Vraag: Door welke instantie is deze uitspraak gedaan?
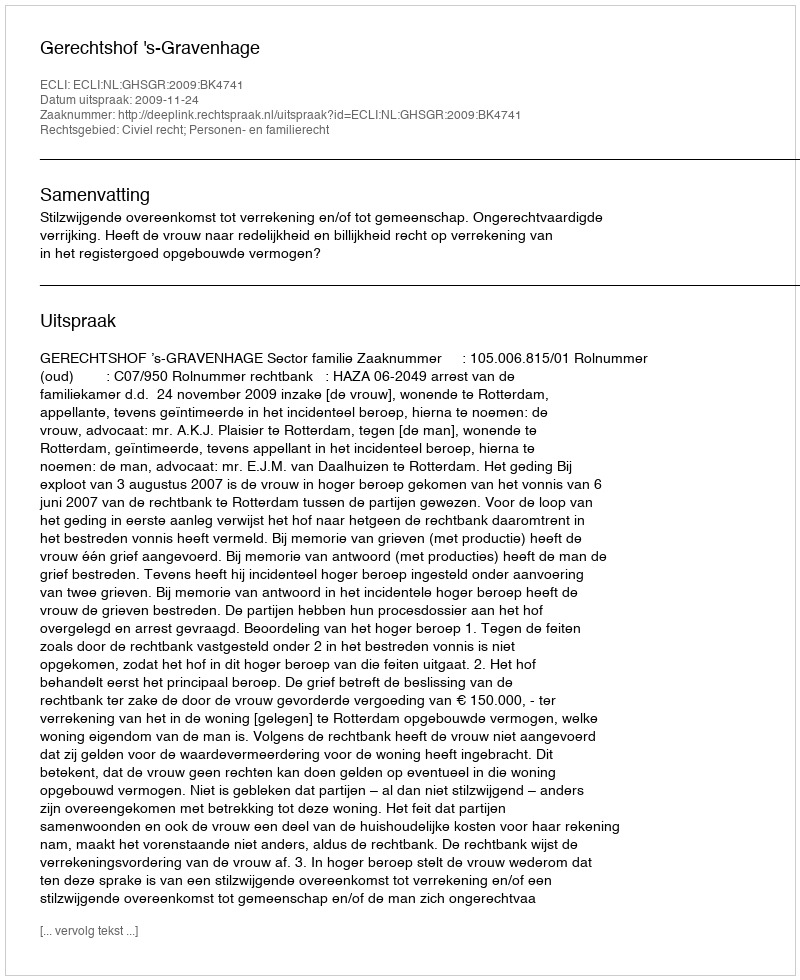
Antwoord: Gerechtshof 's-Gravenhage